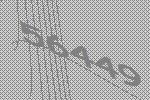
56449